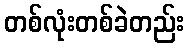
တစ်လုံးတစ်ခဲတည်း